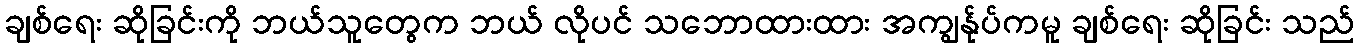
ချစ်ရေး ဆိုခြင်းကို ဘယ်သူတွေက ဘယ် လိုပင် သဘောထားထား အကျွန်ုပ်ကမူ ချစ်ရေး ဆိုခြင်း သည်